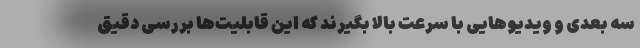
سه بعدی و ویدیوهایی با سرعت بالا بگیرند که این قابلیت‌ها بررسی دقیق